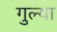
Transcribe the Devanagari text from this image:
गुल्या